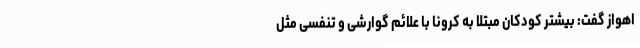
اهواز گفت: بیشتر کودکان مبتلا به کرونا با علائم گوارشی و تنفسی مثل